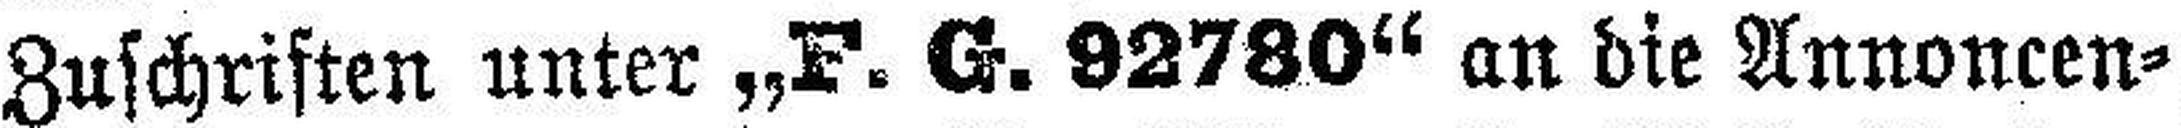
Zuschriften unter „F. G. 92780“ an die Annoncen=